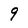
Character: 9